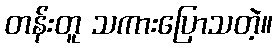
တန်းတူ သကားပြောသတဲ့။